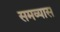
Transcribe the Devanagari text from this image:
समव्यास